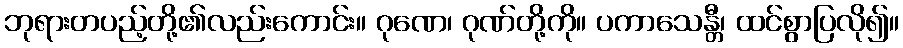
ဘုရားတပည့်တို့၏လည်းကောင်း။ ဂုဏေ၊ ဂုဏ်တို့ကို။ ပကာသေန္တီ၊ ထင်စွာပြလို၍။